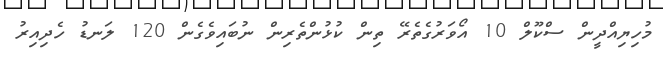
މުހިޔިއްދީން ސްކޫލް 10 އޯވަރުގެތެރޭ ތިން ކުޅުންތެރިން ނުބައިވެގެން 120 ލަނޑު ހެދިއިރު